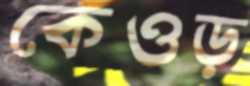
কেওড়